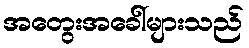
အတွေးအခေါ်များသည်